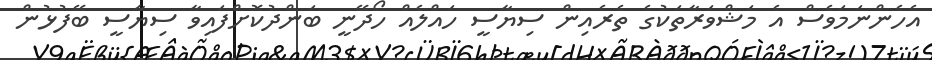
އެހެންނަމަވެސް އެ މަޝްވަރާތަކުގެ ތެރެއިން ސިޔާސީ ހައްލެއް ހޯދޭނީ ބަންދުކޮށްފައިވާ ސިޔާސީ ބޭފުޅުން